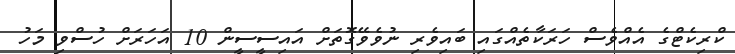
ކްރިކެޓްގެ އެއްވެސް ހަރަކާތެއްގައި ބައިވެރި ނުވެވޭގޮތަށް އައިސީސީން 10 އަހަރަށް ހުސްވި މަހު